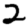
Digit: 2